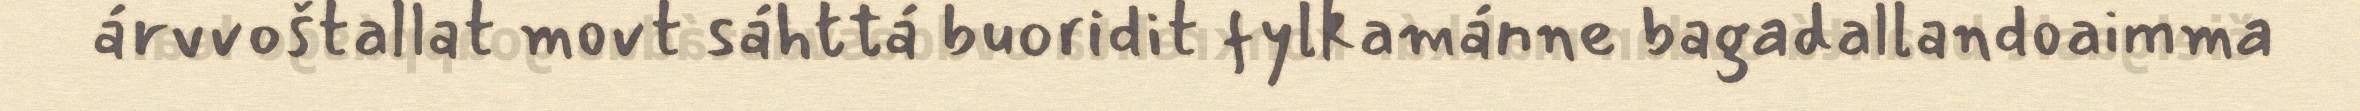
árvvoštallat movt sáhttá buoridit fylkamánne bagadallandoaimma